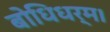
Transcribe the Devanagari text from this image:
बोधिधर्म।